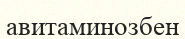
авитаминозбен